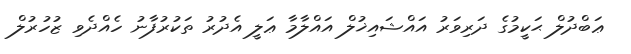
ޢަބްދުލް ޙަކީމުގެ ދަރިވަރު އައްޝައިޚުލް އައްލާމާ ޢަލީ އެދުރު ތަކުރުފާނު ހެއްދެވި ޒުހުރުލް